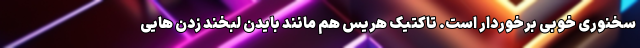
سخنوری خوبی برخوردار است. تاکتیک هریس هم مانند بایدن لبخند زدن هایی